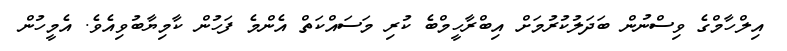
އިލްހާމްގެ ވިސްނުން ބަދަލުކުރުމަށް އިބްރާހީމްބެ ކުރި މަސައްކަތް އެންމެ ފަހުން ކާމިޔާބުވިއެވެ. އެމީހުން